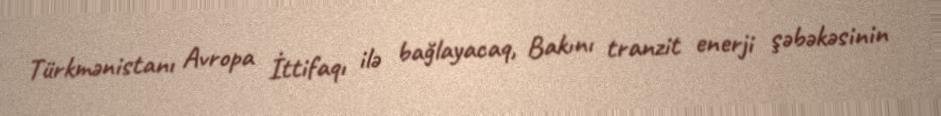
Türkmənistanı Avropa İttifaqı ilə bağlayacaq, Bakını tranzit enerji şəbəkəsinin